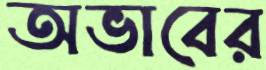
অভাবের